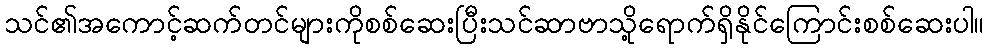
သင်၏အကောင့်ဆက်တင်များကိုစစ်ဆေးပြီးသင်ဆာဗာသို့ရောက်ရှိနိုင်ကြောင်းစစ်ဆေးပါ။